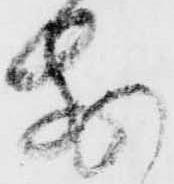
前